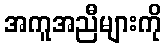
အကူအညီများကို